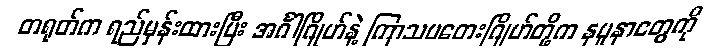
တရုတ်က ရည်မှန်းထားပြီး အင်္ဂါဂြိုဟ်နဲ့ ကြာသပတေးဂြိုဟ်တို့က နမူနာတွေကို